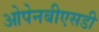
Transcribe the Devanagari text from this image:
ओपेनबीएसडी